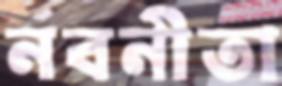
নবনীতা